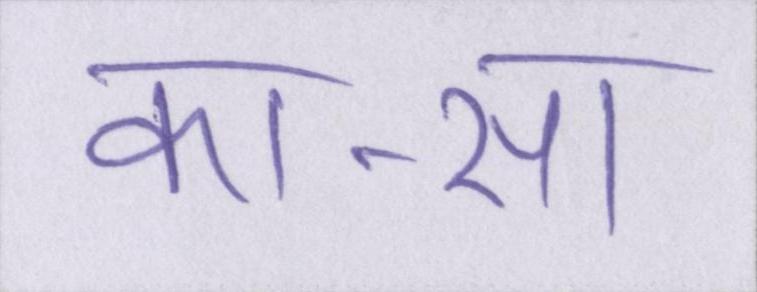
का-सा